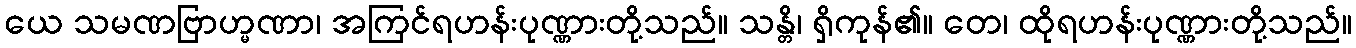
ယေ သမဏဗြာဟ္မဏာ၊ အကြင်ရဟန်းပုဏ္ဏားတို့သည်။ သန္တိ၊ ရှိကုန်၏။ တေ၊ ထိုရဟန်းပုဏ္ဏားတို့သည်။